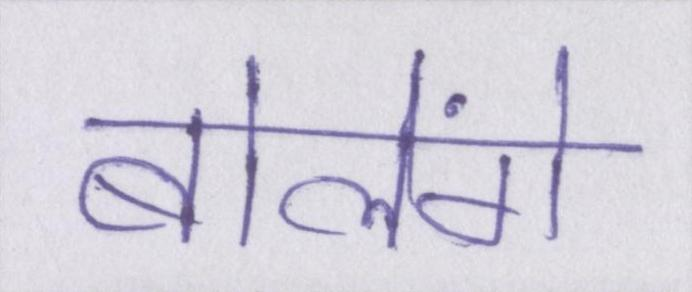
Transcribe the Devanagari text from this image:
बोलेंगे